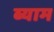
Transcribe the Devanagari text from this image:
ब्याम